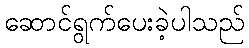
ဆောင်ရွက်ပေးခဲ့ပါသည်